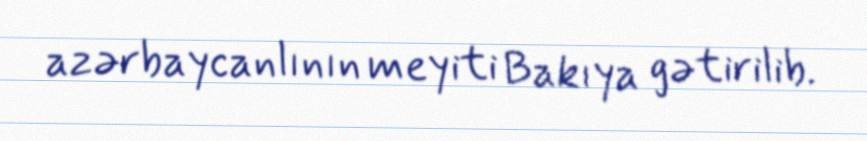
azərbaycanlının meyiti Bakıya gətirilib.